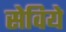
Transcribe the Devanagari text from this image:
सेविये